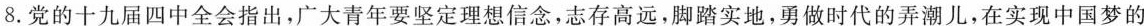
8.党的十九届四中全会指出，广大青年要坚定理想信念，志存高远，脚踏实地，勇做时代的弄潮儿，在实现中国梦的